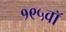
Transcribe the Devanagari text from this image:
१९५वॉ